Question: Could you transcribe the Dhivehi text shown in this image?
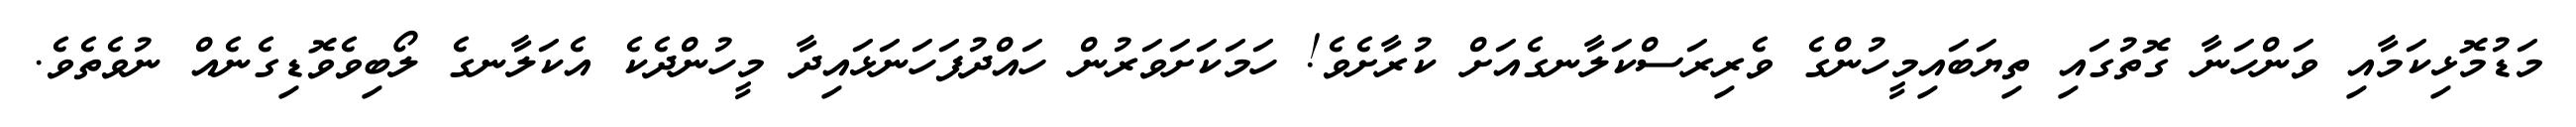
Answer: މަޑުމޮޅިކަމާއި ވަންހަނާ ގޮތުގައި ތިޔަބައިމީހުންގެ ވެރިރަސްކަލާނގެއަށް ކުރާށެވެ! ހަމަކަށަވަރުން ހައްދުފަހަނަޅައިދާ މީހުންދެކެ އެކަލާނގެ ލޯބިވެވޮޑިގެނެއް ނުވެތެވެ.